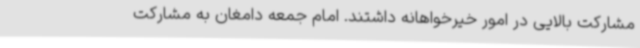
مشارکت بالایی در امور خیرخواهانه داشتند. امام جمعه دامغان به مشارکت